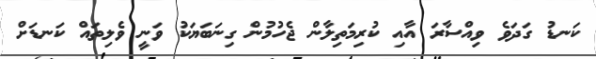
ކަނޑު ގަދަވެ ވިއްސާރަ އާއި ކުރިމަތިލާން ޖެހުމުން ގިނަބަޔަކު ވަނީ ވެލިތައް ކަނޑަށް